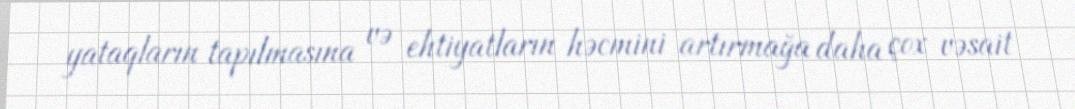
yataqların tapılmasına və ehtiyatların həcmini artırmağa daha çox vəsait